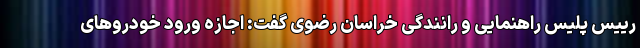
رییس پلیس راهنمایی و رانندگی خراسان رضوی گفت: اجازه ورود خودروهای